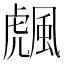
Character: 䬌